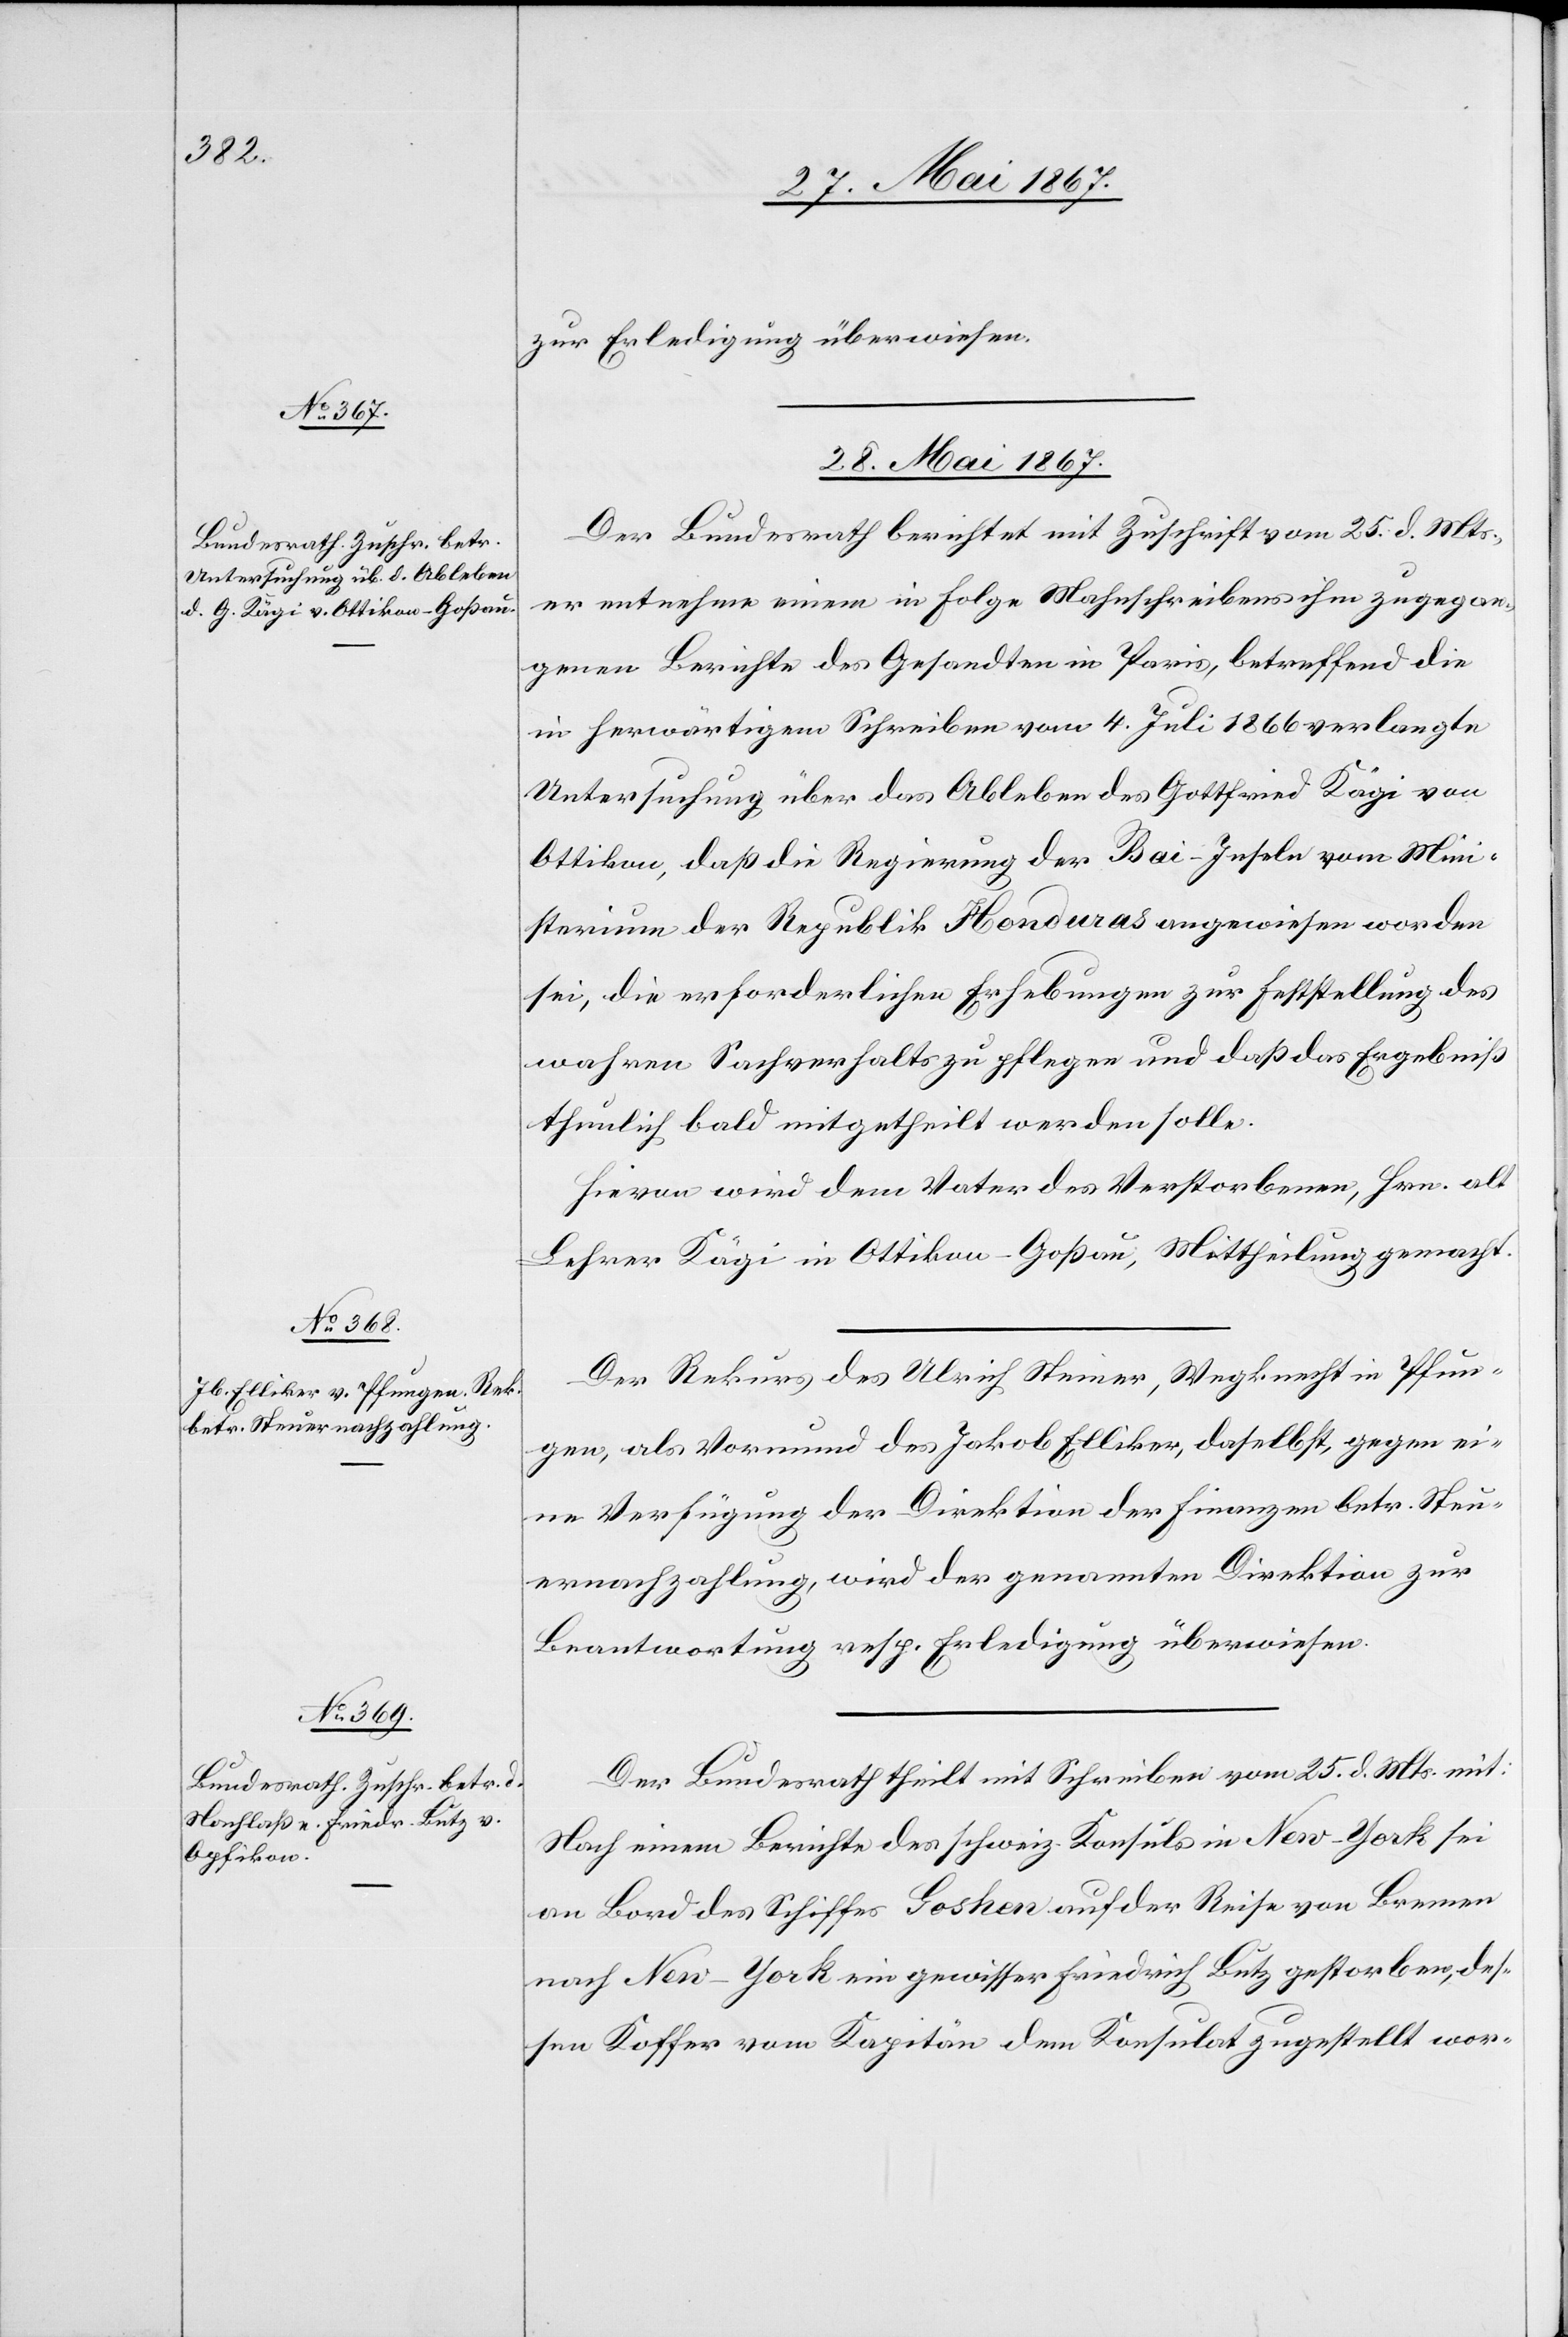
zur Erledigung überwiesen.
28. Mai 1867.]
Der Bundesrath berichtet mit Zuschrift vom 25. d. Mts.,
er entnehme einem in Folge Mahnschreibens ihm zugegan¬
genen Berichte des Gesandten in Paris, betreffend die
in herwärtigem Schreiben vom 4. Juli 1866 verlangte
Untersuchung über das Ableben des Gottfried Kägi von
Ottikon, daß die Regierung der Bai-Inseln vom Mini¬
sterium der Republik Honduras angewiesen worden
sei, die erforderlichen Erhebungen zur Feststellung des
wahren Sachverhalts zu pflegen und daß das Ergebniß
thunlich bald mitgetheilt werden solle.
Hievon wird dem Vater des Verstorbenen, Hrn. alt
Lehrer Kägi in Ottikon-Goßau, Mittheilung gemacht.
Der Rekurs des Ulrich Steiner, Wegknecht in Pfun¬
gen, als Vormund des Jakob Elliker, daselbst, gegen ei¬
ne Verfügung der Direktion der Finanzen betr. Steu¬
ernachzahlung, wird der genannten Direktion zur
Beantwortung resp. Erledigung überwiesen.
Der Bundesrath theilt mit Schreiben vom 25. d. Mts. mit:
Nach einem Berichte des schweiz. Konsuls in New-York sei
an Bord des Schiffes Gosken auf der Reise von Bremen
nach New-York ein gewisser Friedrich Lutz gestorben, des¬
sen Koffer vom Kapitän dem Konsulat zugestellt wor-